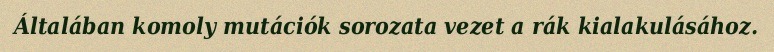
Általában komoly mutációk sorozata vezet a rák kialakulásához.